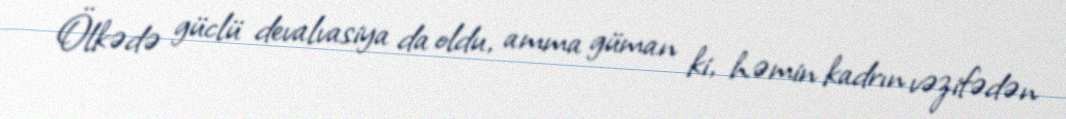
Ölkədə güclü devalvasiya da oldu, amma güman ki, həmin kadrın vəzifədən